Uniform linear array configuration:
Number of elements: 8
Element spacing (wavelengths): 0.5
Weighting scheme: exponential
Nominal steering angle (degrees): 0
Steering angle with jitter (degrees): -1.147
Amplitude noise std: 0.05
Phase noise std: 0.05

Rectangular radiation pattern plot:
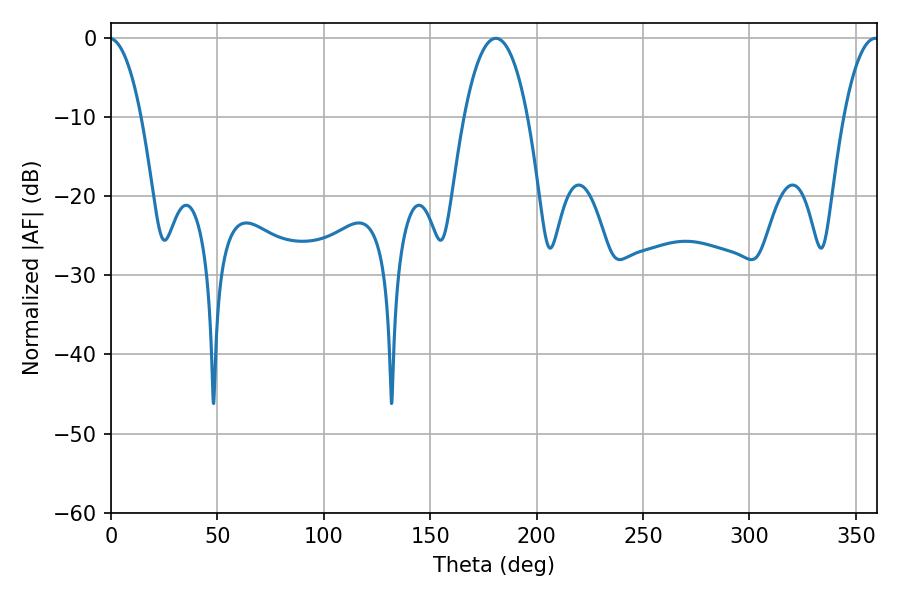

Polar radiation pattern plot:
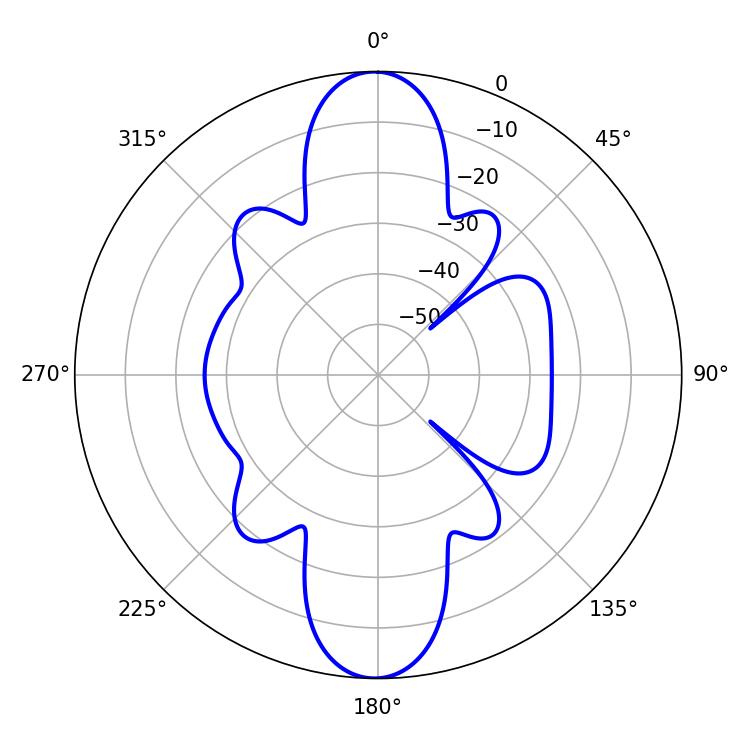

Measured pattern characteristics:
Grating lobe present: FALSE
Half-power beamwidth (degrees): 9.18
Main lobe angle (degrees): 359.1